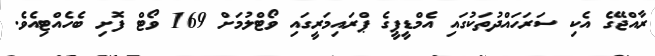
ރާއްޖޭގެ އެކި ސަރަހައްދުތަކުގައި އެމްޑީޕީގެ ޕްރައިމަރީގައި ވޯޓްލުމަށް 169 ވޯޓް ފޮށި ބެހެއްޓިއެވެ.